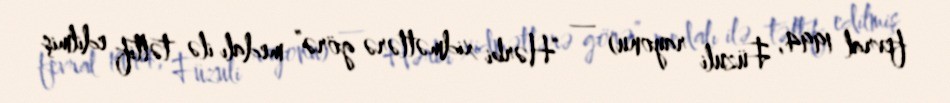
fevral 1994, Füzuli rayonu) — “Hərbi xidmətlərə görə” medalı ilə təltif edilmiş